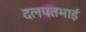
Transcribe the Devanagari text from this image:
दलपतभाई